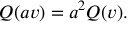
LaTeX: Q ( a v ) = a ^ { 2 } Q ( v ) .